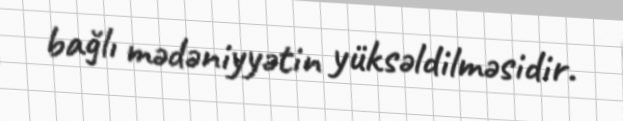
bağlı mədəniyyətin yüksəldilməsidir.